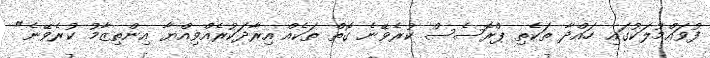
ފުވައްމުލަކުގައި ހައްދާ ތަކެތި ޕްރޮސެސް ކުރެވޭނެ ގޮތް ތަކެއް އިރާދަކުރެއްވިއްޔާ އިންތިޒާމު ކުރެވޭނެ"